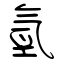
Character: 氫